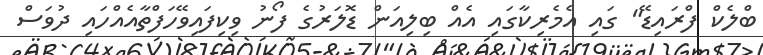
ބްލެކް ފްރައިޑޭ" ގައި އެމެރިކާގައި އެއް ބިލިއަން ޑޮލަރުގެ ފޯނު ވިކިފައިވޭހަފްތާއެއްހައި ދުވަސް